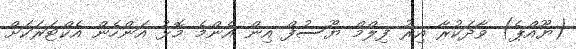
(ޔޫއްޕެ) ވާދަކުރާ އިރު ފިލްމް ޔޫސުފް އިން އެންމެ މޮޅު އަންހެން އެކްޓަރަކަށް